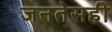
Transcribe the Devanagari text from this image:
जनतेसही